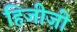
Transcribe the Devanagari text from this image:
हिजीज़ी